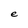
Character: e